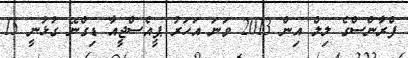
ފްރާންސްގެ ލިލް އިން 2013 ވަނަ އަހަރު ޕީއެސްޖީއާ ޑިގްނޭ ގުޅުނީ 15